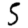
Digit: 5